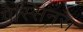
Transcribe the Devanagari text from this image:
पेस्सिनस